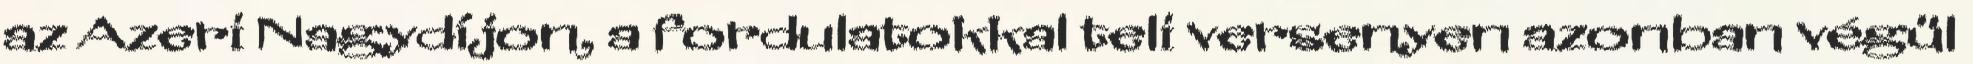
az Azeri Nagydíjon, a fordulatokkal teli versenyen azonban végül